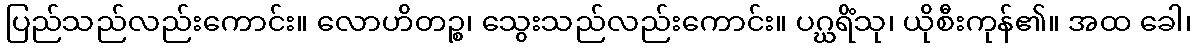
ပြည်သည်လည်းကောင်း။ လောဟိတဉ္စ၊ သွေးသည်လည်းကောင်း။ ပဂ္ဃရိံသု၊ ယိုစီးကုန်၏။ အထ ခေါ၊